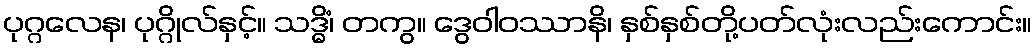
ပုဂ္ဂလေန၊ ပုဂ္ဂိုလ်နှင့်။ သဒ္ဓိံ၊ တကွ။ ဒွေဝါဝဿာနိ၊ နှစ်နှစ်တို့ပတ်လုံးလည်းကောင်း။